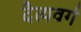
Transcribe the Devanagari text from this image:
दैत्यवर्ग